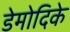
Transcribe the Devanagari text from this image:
डेमोदिके